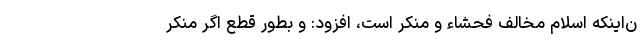
ن‌اینکه اسلام مخالف فحشاء و مُنکر است، افزود: و بطور قطع اگر مُنکر